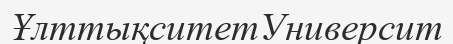
ҰлттықситетУниверсит